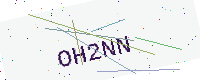
Text: OH2NN